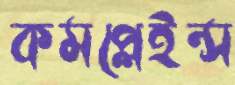
কমপ্লেইন্স